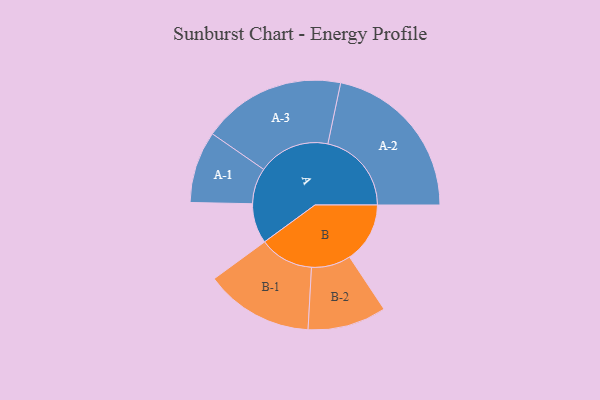
{"axis": {"x": "Segment", "y": "Value"}, "legend": ["", "A", "B"], "data": [{"x": "A", "y": 129, "type": ""}, {"x": "B", "y": 195, "type": ""}, {"x": "A-1", "y": 116, "type": "A"}, {"x": "A-2", "y": 270, "type": "A"}, {"x": "A-3", "y": 232, "type": "A"}, {"x": "B-1", "y": 175, "type": "B"}, {"x": "B-2", "y": 127, "type": "B"}]}